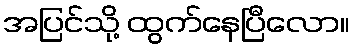
အပြင်သို့ ထွက်နေပြီလော။